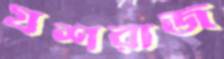
যশরাজ